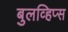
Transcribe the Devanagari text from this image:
बुलव्हिप्स